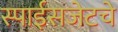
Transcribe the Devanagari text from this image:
स्पाईसजेटचे